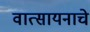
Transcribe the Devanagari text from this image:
वात्सायनाचे